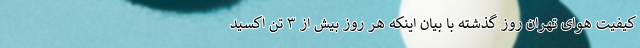
کیفیت هوای تهران روز گذشته با بیان اینکه هر روز بیش از ۳ تن اکسید